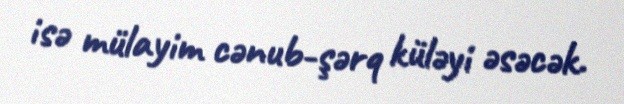
isə mülayim cənub-şərq küləyi əsəcək.